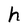
Character: h